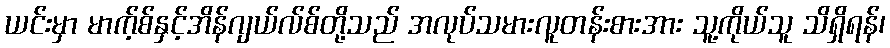
ယင်းမှာ မာက့်စ်နှင့်အိန်ဂျယ်လ်စ်တို့သည် အလုပ်သမားလူတန်းစားအား သူ့ကိုယ်သူ သိရှိရန်၊